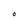
Character: O